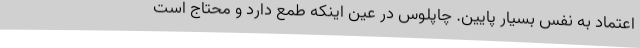
اعتماد به نفس بسیار پایین. چاپلوس در عین اینکه طمع دارد و محتاج است